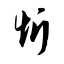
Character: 忻